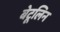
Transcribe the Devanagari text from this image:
बेटूलिन